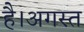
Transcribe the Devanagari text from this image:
है।अगस्त